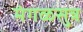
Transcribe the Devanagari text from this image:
मंगळसुत्र